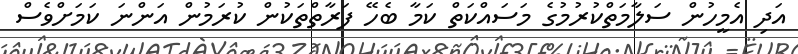
އަދި އެމީހުން ސަލާމަތްކުރުމުގެ މަސައްކަތް ކަމާ ބެހޭ ފަރާތްތަކުން ކުރަމުން އަންނަ ކަމަށްވެސް